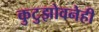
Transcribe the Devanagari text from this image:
कुटुझोवनेही